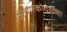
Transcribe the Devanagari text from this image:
अंधारकोठडींच्या